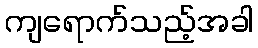
ကျရောက်သည့်အခါ